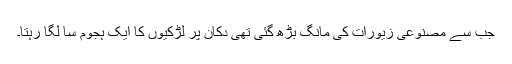
جب سے مصنوعی زیورات کی مانگ بڑھ گئی تھی دُکان پر لڑکیوں کا ایک ہجوم سا لگا رہتا۔